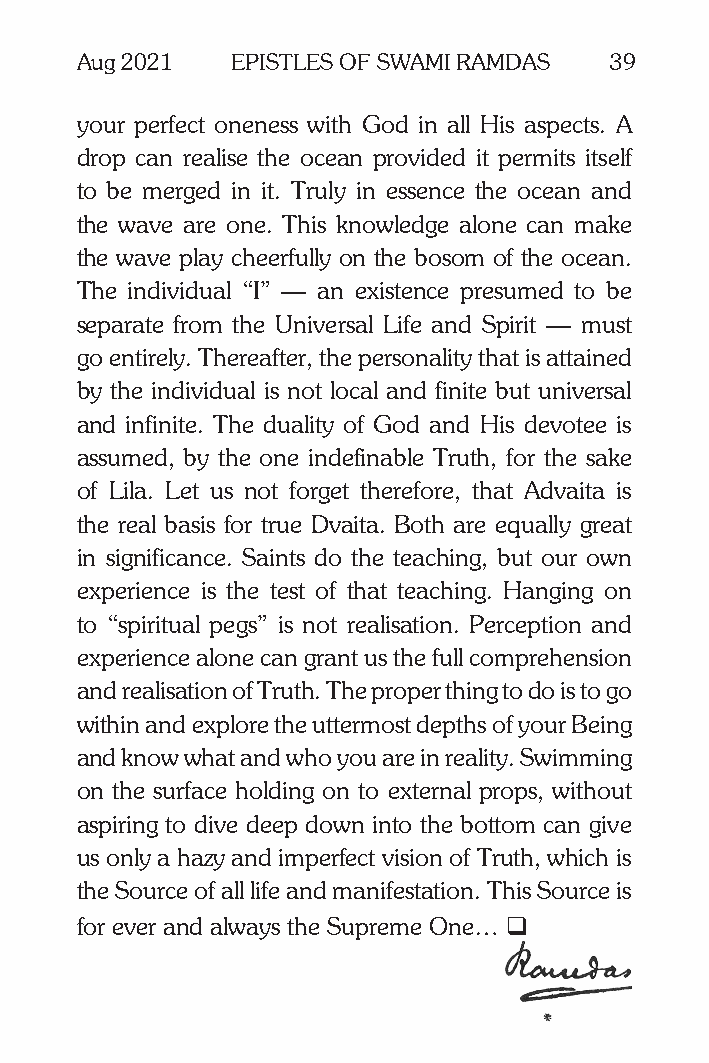
Aug 2021  EPISTLES OF SWAMI RAMDAS 39
 your perfect oneness with God in all His aspects. A
 drop can realise the ocean provided it permits itself
 to be merged in it. Truly in essence the ocean and
 the wave are one. This knowledge alone can make
 the wave play cheerfully on the bosom of the ocean.
 The individual “I” — an existence presumed to be
 separate from the Universal Life and Spirit — must
 go entirely. Thereafter, the personality that is attained
 by the individual is not local and finite but universal
 and infinite. The duality of God and His devotee is
 assumed, by the one indefinable Truth, for the sake
 of Lila. Let us not forget therefore, that Advaita is
 the real basis for true Dvaita. Both are equally great
 in significance. Saints do the teaching, but our own
 experience is the test of that teaching. Hanging on
 to “spiritual pegs” is not realisation. Perception and
 experience alone can grant us the full comprehension
 and realisation of Truth. The proper thing to do is to go
 within and explore the uttermost depths of your Being
 and know what and who you are in reality. Swimming
 on the surface holding on to external props, without
 aspiring to dive deep down into the bottom can give
 us only a hazy and imperfect vision of Truth, which is
 the Source of all life and manifestation. This Source is
 for ever and always the Supreme One… q